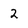
Character: 2